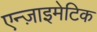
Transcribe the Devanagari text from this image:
एन्ज़ाइमेटिक